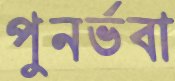
পুনর্ভবা